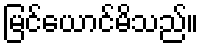
မြင်ယောင်မိသည်။